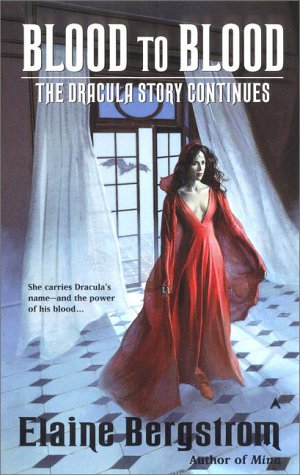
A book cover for Blood to Blood: The Dracula Story continues; Elaine Bergstrom; Romance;